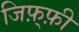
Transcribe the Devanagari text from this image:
जिफ़्फ़ी